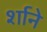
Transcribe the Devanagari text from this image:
र्शाने